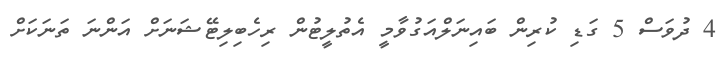
4 ދުވަސް 5 ގަޑި ކުރިން ބައިނަލްއަގުވާމީ އެތުލީޓުން ރިހެބިލިޓޭޝަނަށް އަންނަ ތަނަކަށް